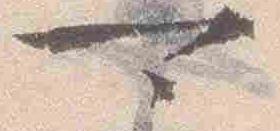
可